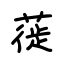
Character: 蓰